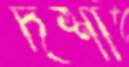
দর্শা